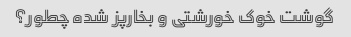
گوشت خوک خورشتی و بخارپز شده چطور؟